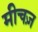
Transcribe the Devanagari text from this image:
मीचज़